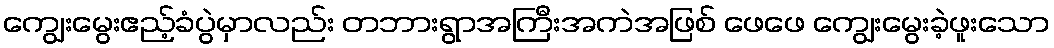
ကျွေးမွေးဧည့်ခံပွဲမှာလည်း တဘားရွာအကြီးအကဲအဖြစ် ဖေဖေ ကျွေးမွေးခဲ့ဖူးသော